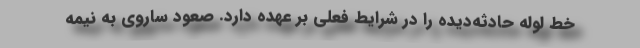
خط لوله حادثه‌دیده را در شرایط فعلی بر عهده دارد. صعود ساروی به نیمه